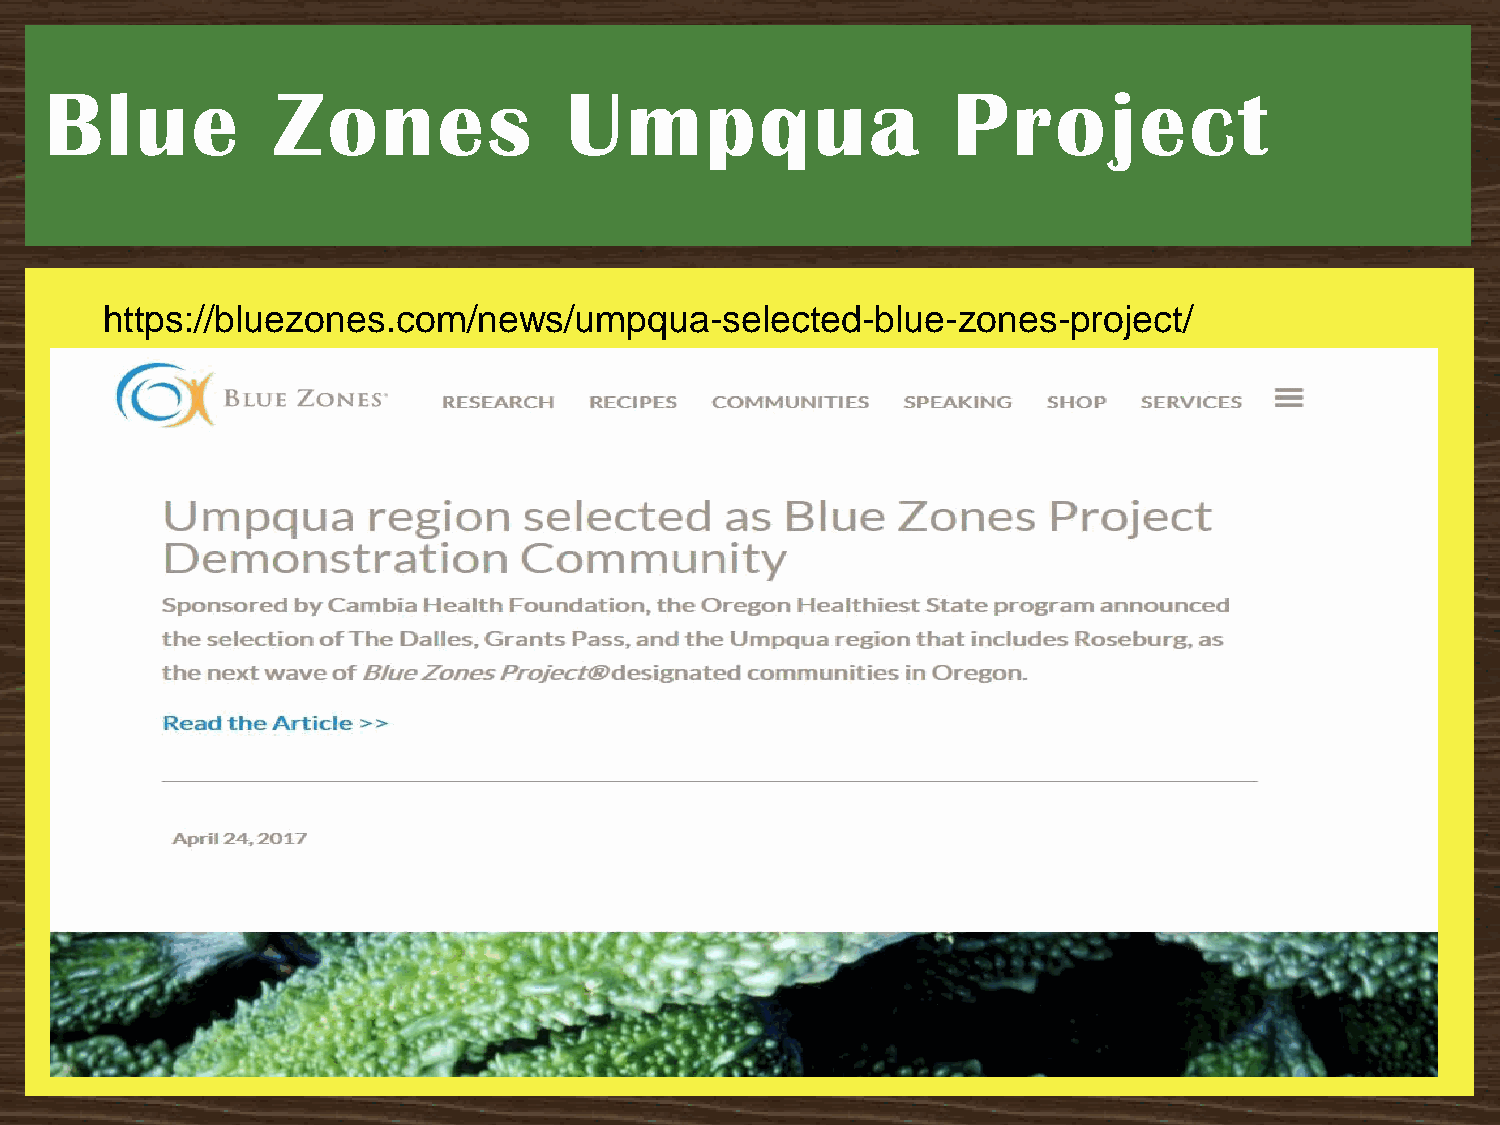
Blue           Zones              Umpqua                    Project
 https://bluezones.com/news/umpqua-selected-blue-zones-project/